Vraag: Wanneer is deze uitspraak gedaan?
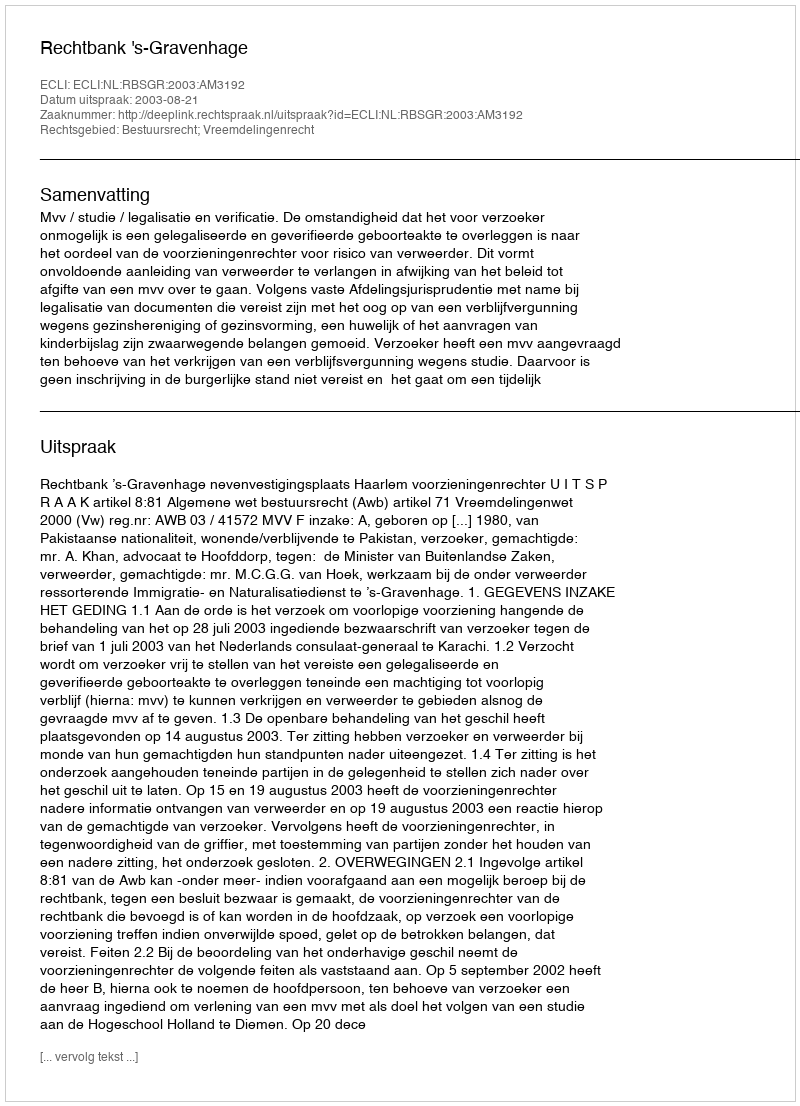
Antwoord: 2003-08-21